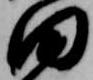
田